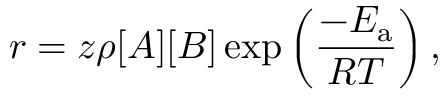
r = z \rho [ A ] [ B ] \exp \left( { \frac { - E _ { \mathrm { a } } } { R T } } \right) ,